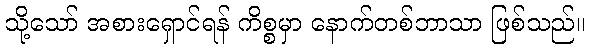
သို့သော် အစားရှောင်ရန် ကိစ္စမှာ နောက်တစ်ဘာသာ ဖြစ်သည်။